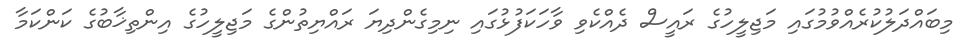
މިބައްދަލުކުރެއްވުމުގައި މަޖިލީހުގެ ރައީސް ދެއްކެވި ވާހަކަފުޅުގައި ނިމިގެންދިޔަ ރައްޔިތުންގެ މަޖިލީހުގެ އިންތިޚާބުގެ ކަންކަމާ